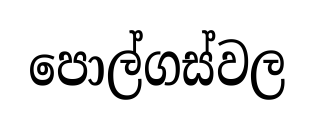
පොල්ගස්වල